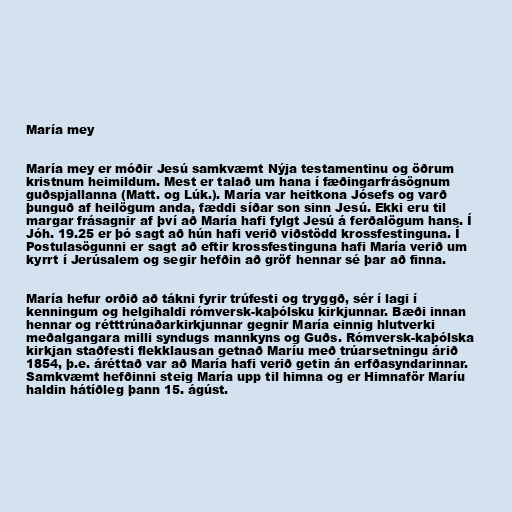
María mey

María mey er móðir Jesú samkvæmt Nýja testamentinu og öðrum
kristnum heimildum. Mest er talað um hana í fæðingarfrásögnum
guðspjallanna (Matt. og Lúk.). María var heitkona Jósefs og varð
þunguð af heilögum anda, fæddi síðar son sinn Jesú. Ekki eru til
margar frásagnir af því að María hafi fylgt Jesú á ferðalögum hans. Í
Jóh. 19.25 er þó sagt að hún hafi verið viðstödd krossfestinguna. Í
Postulasögunni er sagt að eftir krossfestinguna hafi María verið um
kyrrt í Jerúsalem og segir hefðin að gröf hennar sé þar að finna.

María hefur orðið að tákni fyrir trúfesti og tryggð, sér í lagi í
kenningum og helgihaldi rómversk-kaþólsku kirkjunnar. Bæði innan
hennar og rétttrúnaðarkirkjunnar gegnir María einnig hlutverki
meðalgangara milli syndugs mannkyns og Guðs. Rómversk-kaþólska
kirkjan staðfesti flekklausan getnað Maríu með trúarsetningu árið
1854, þ.e. áréttað var að María hafi verið getin án erfðasyndarinnar.
Samkvæmt hefðinni steig María upp til himna og er Himnaför Maríu
haldin hátíðleg þann 15. ágúst.